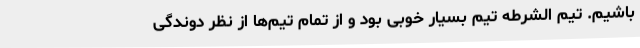
باشیم. تیم الشرطه تیم بسیار خوبی بود و از تمام تیم‌ها از نظر دوندگی